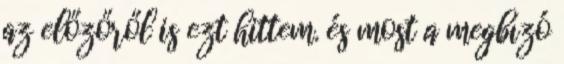
az előzőről is ezt hittem. és most a megbízó